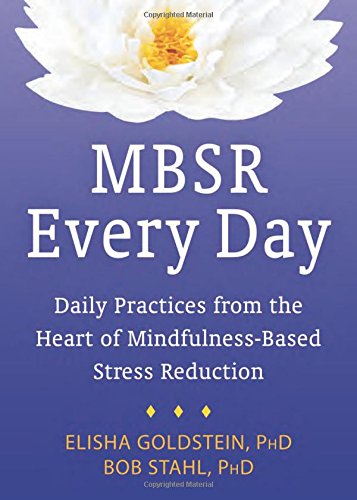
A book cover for MBSR Every Day: Daily Practices from the Heart of Mindfulness-Based Stress Reduction; Elisha Goldstein PhD; Self-Help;